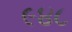
૯૪૮